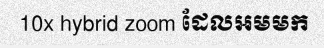
10x hybrid zoom ដែលអមមក